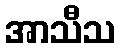
အာသီသ